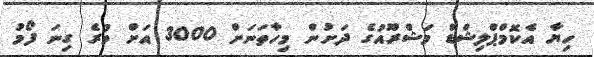
ހިޔާ އެކޮމްޕްލިޝްޑް މަޝްރޫއުގެ ދަށުން މިހާތަނަށް 3000 އަށް ވުރެ ގިނަ ފޯމު